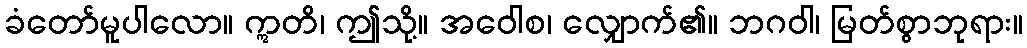
ခံတော်မူပါလော။ ဣတိ၊ ဤသို့။ အဝေါစ၊ လျှောက်၏။ ဘဂဝါ၊ မြတ်စွာဘုရား။